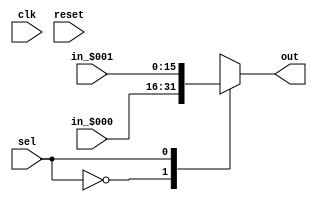
// This program was cloned from: https://github.com/NYU-MLDA/OpenABC
// License: BSD 3-Clause "New" or "Revised" License

module Mux_0xdd6473406d1a99a
(
  input  wire [   0:0] clk,
  input  wire [  15:0] in_$000,
  input  wire [  15:0] in_$001,
  output reg  [  15:0] out,
  input  wire [   0:0] reset,
  input  wire [   0:0] sel
);

  // localparam declarations
  localparam nports = 2;


  // array declarations
  wire   [  15:0] in_[0:1];
  assign in_[  0] = in_$000;
  assign in_[  1] = in_$001;

  // PYMTL SOURCE:
  //
  // @s.combinational
  // def comb_logic():
  //       assert s.sel < nports
  //       s.out.v = s.in_[ s.sel ]

  // logic for comb_logic()
  always @ (*) begin
    out = in_[sel];
  end


endmodule